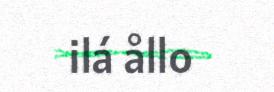
ilá ållo